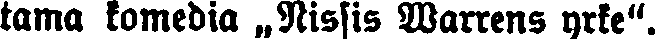
tama komedia „Nissis Warrens yrke".